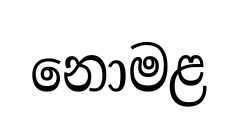
නොමළ